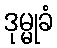
ဒုမ္မုခံ